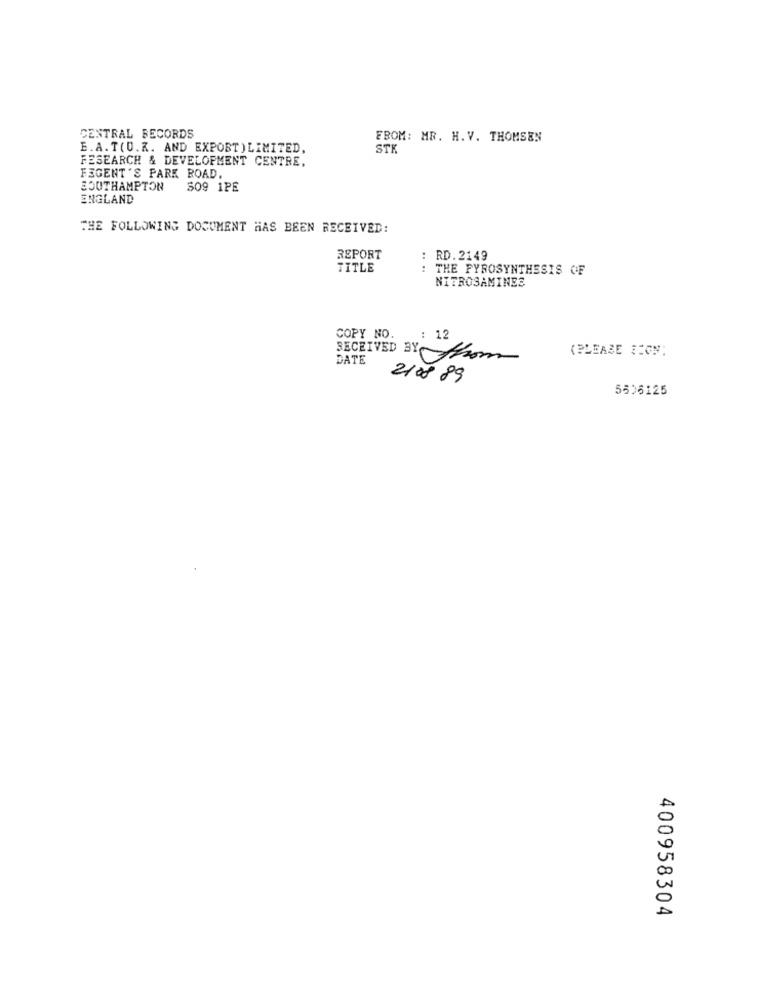
CENTRAL RECORDS
FROM: MR. H.V. THOMSEN
E.A. T(U.K. AND EXPORT ) LIMITED,
STK
FESEARCH & DEVELOPMENT CENTRE,
FEGENT'S PARK ROAD
SOUTHAMPTON 509 1PE
ENGLAND
THE FOLLOWING DOCUMENT HAS BEEN RECEIVED:
REPORT
RD. 2149
TITLE
: THE PYROSYNTHESIS OF
NITROSAMINES
COPY NO.
: 12
(PLEASE SIGN:
RECEIVED BY Som
DATE
2108 89
5506125
400958304